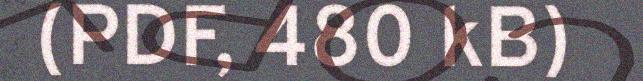
(PDF, 480 kB)